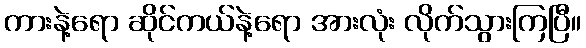
ကားနဲ့ရော ဆိုင်ကယ်နဲ့ရော အားလုံး လိုက်သွားကြပြီ။